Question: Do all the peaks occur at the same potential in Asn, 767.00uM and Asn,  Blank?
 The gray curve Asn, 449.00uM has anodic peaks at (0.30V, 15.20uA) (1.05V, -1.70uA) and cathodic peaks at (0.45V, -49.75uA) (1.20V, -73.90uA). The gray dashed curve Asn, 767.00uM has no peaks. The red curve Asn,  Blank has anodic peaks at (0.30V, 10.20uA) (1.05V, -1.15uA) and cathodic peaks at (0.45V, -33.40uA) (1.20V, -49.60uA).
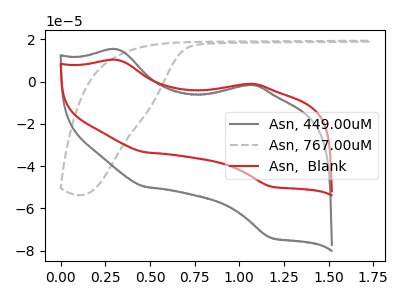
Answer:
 <answer>No, "Asn, 767.00uM" and "Asn,  Blank" have a different number of peaks.</answer>
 <eval>different_amount</eval>